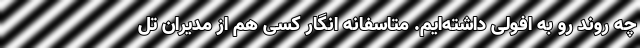
چه روند رو به افولی داشته‌ایم. متاسفانه انگار کسی هم از مدیران تل